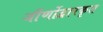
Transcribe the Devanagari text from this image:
जीर्णोद्वारकृत